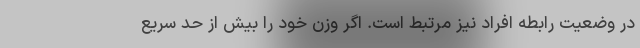
در وضعیت رابطه افراد نیز مرتبط است. اگر وزن خود را بیش از حد سریع